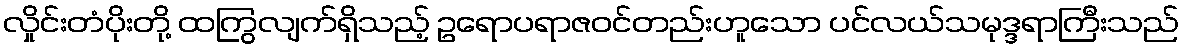
လှိုင်းတံပိုးတို့ ထကြွလျက်ရှိသည့် ဥရောပရာဇဝင်တည်းဟူသော ပင်လယ်သမုဒ္ဒရာကြီးသည်